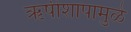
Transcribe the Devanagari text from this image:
ऋषीशापामुळे